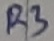
Text: R3